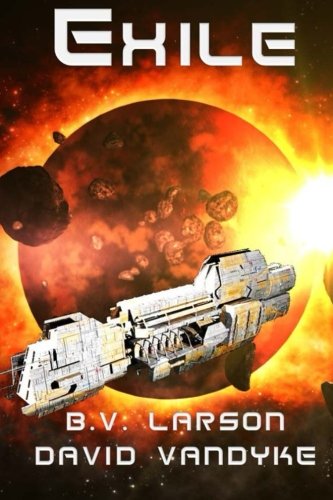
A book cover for Exile (Star Force Series) (Volume 11); B. V. Larson; Science Fiction & Fantasy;